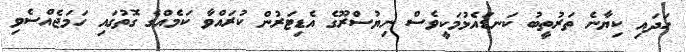
ހަދައި ކިޔާނެ ތަރުތީބު ކަނޑައެޅުމަކީވެސް ނިޔުސްރޫގެ އެޑިޓަރުން ކުރައްވާ ކަމެއްގެ ގޮތުގައި ހަމަޖެއްސެވި